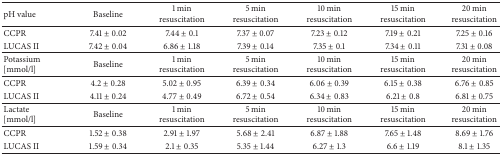
| pH value | Baseline | 1 min resuscitation | 5 min resuscitation | 10 min resuscitation | 15 min resuscitation | 20 min resuscitation |
 | --- | --- | --- | --- | --- | --- | --- |
 | CCPR | 7.41 ± 0.02 | 7.44 ± 0.1 | 7.37 ± 0.07 | 7.23 ± 0.12 | 7.19 ± 0.21 | 7.25 ± 0.16 |
 | LUCAS II | 7.42 ± 0.04 | 6.86 ± 1.18 | 7.39 ± 0.14 | 7.35 ± 0.1 | 7.34 ± 0.11 | 7.31 ± 0.08 |
 | Potassium[mmol/l] | Baseline | 1 min resuscitation | 5 min resuscitation | 10 min resuscitation | 15 min resuscitation | 20 min resuscitation |
 | CCPR | 4.2 ± 0.28 | 5.02 ± 0.95 | 6.39 ± 0.34 | 6.06 ± 0.39 | 6.15 ± 0.38 | 6.76 ± 0.85 |
 | LUCAS II | 4.11 ± 0.24 | 4.77 ± 0.49 | 6.72 ± 0.54 | 6.34 ± 0.83 | 6.21 ± 0.8 | 6.81 ± 0.75 |
 | Lactate [mmol/l] | Baseline | 1 min resuscitation | 5 min resuscitation | 10 min resuscitation | 15 min resuscitation | 20 min resuscitation |
 | CCPR | 1.52 ± 0.38 | 2.91 ± 1.97 | 5.68 ± 2.41 | 6.87 ± 1.88 | 7.65 ± 1.48 | 8.69 ± 1.76 |
 | LUCAS II | 1.59 ± 0.34 | 2.1 ± 0.35 | 5.35 ± 1.44 | 6.27 ± 1.3 | 6.6 ± 1.19 | 8.1 ± 1.35 |